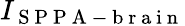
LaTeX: I_{\mathrm{~S~P~P~A~-~b~r~a~i~n~}}